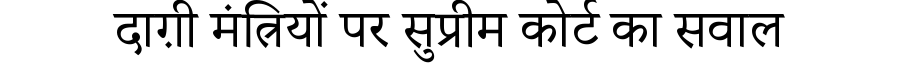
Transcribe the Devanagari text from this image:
दाग़ी मंत्रियों पर सुप्रीम कोर्ट का सवाल